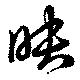
映